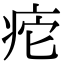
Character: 㾃